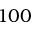
1 0 0